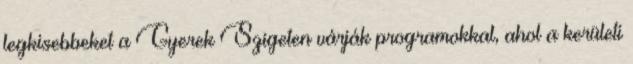
legkisebbeket a Gyerek Szigeten várják programokkal, ahol a kerületi